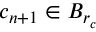
c _ { n + 1 } \in B _ { r _ { c } }